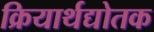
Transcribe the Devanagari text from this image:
क्रियार्थद्योतक